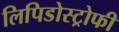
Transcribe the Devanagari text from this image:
लिपिडोस्ट्रोफी